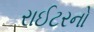
રાઈટરનો